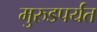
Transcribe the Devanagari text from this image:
मुरुडपर्यंत